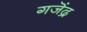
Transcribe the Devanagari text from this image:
गजॆंद्र